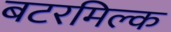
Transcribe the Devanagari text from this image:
बटरमिल्क